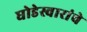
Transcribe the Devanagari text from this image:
घोडेस्वारांचे